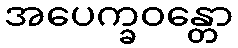
အပေက္ခဝန္တော